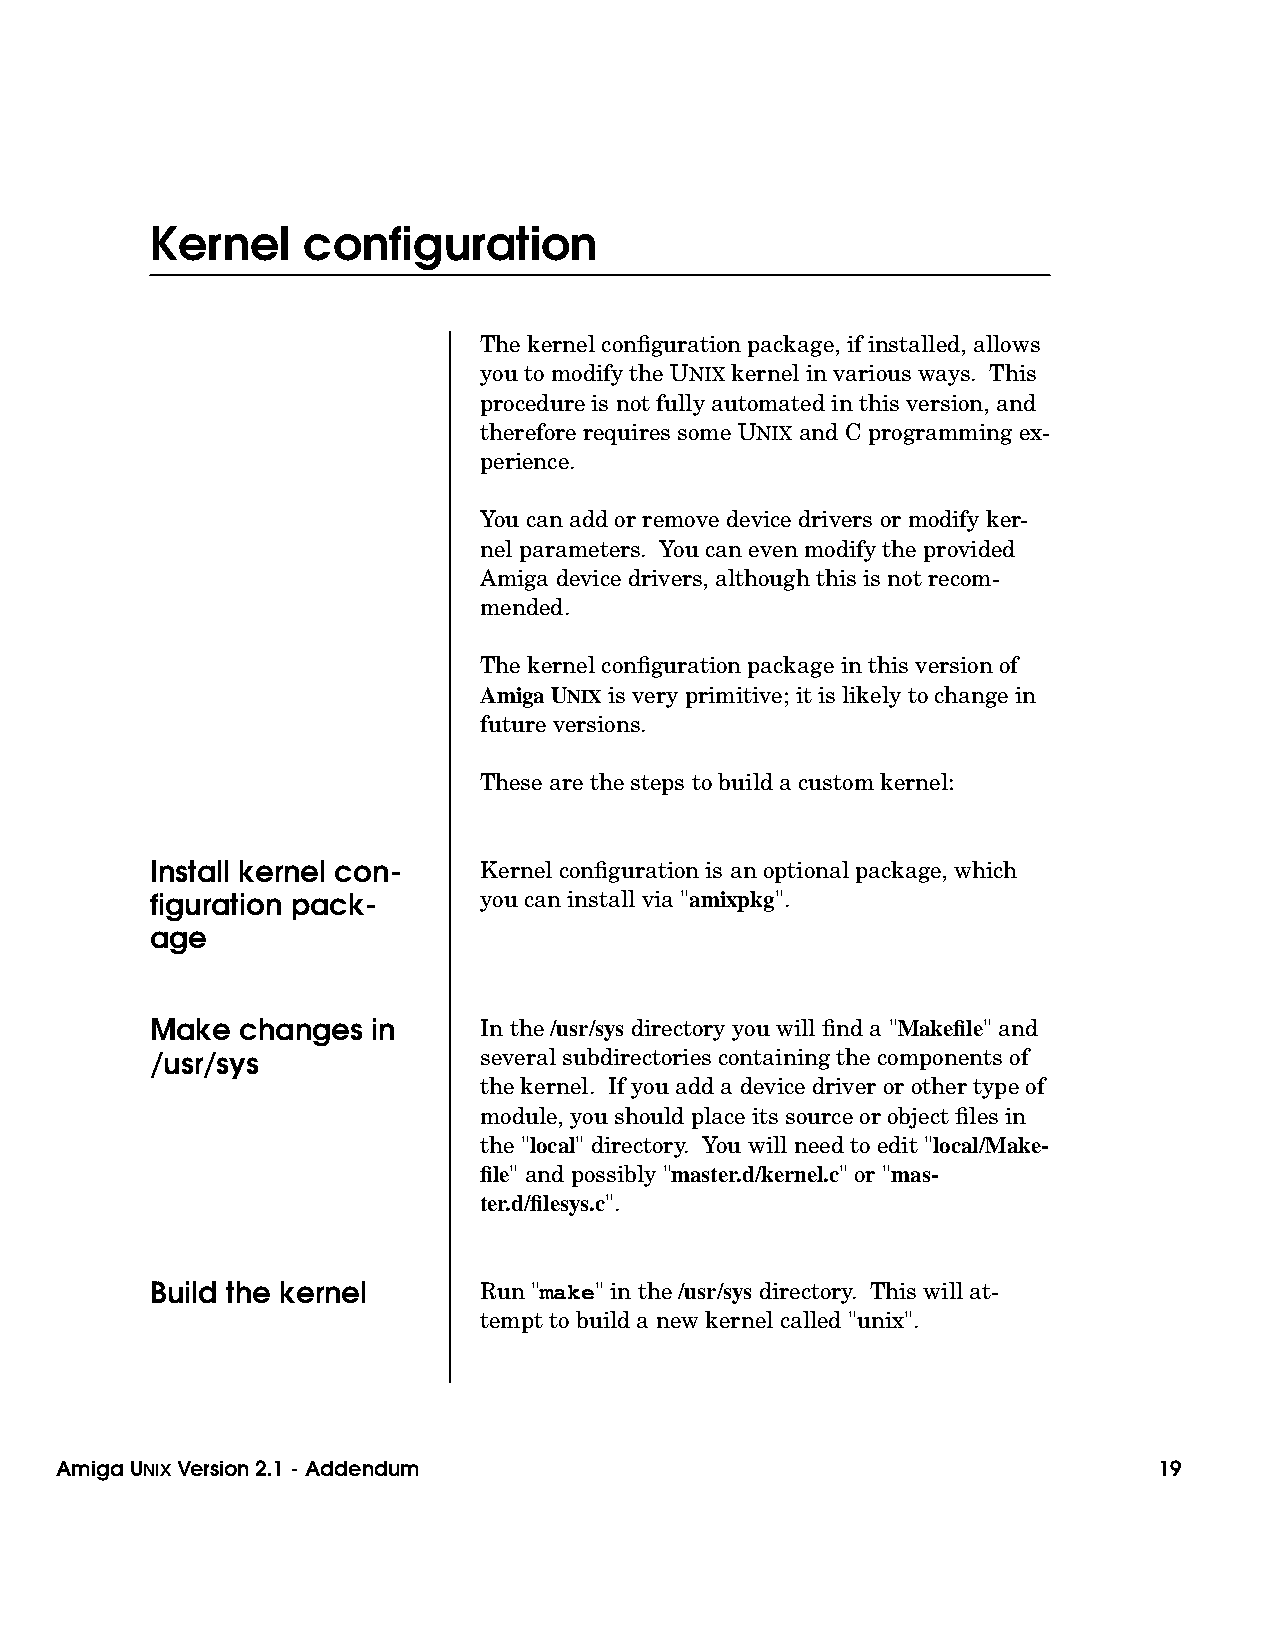
Ker  nel  configuration
 The kernel configuration package, if installed, allows
 you to modify the UNIX kernel in various ways. This
 procedure is not fully automated in this version, and
 therefore requires some UNIX and C programming ex-
 perience.
 You can add or remove device drivers or modify ker-
 nel parameters. You can even modify the provided
 Amiga device drivers, although this is not recom-
 mended.
 The kernel configuration package in this version of
 Amiga UNIX is very primitive; it is likely to change in
 future versions.
 These are the steps to build a custom kernel:
 Install kernel con-   Kernel configuration is an optional package, which
 figuration pack-      you can install via "amixpkg".
 age
 Make  changes  in     In the /usr/sys directory you will find a "Makefile" and
 /usr/sys              several subdirectories containing the components of
 the kernel. If you add a device driver or other type of
 module, you should place its source or object files in
 the "local" directory. You will need to edit "local/Make-
 file" and possibly "master.d/kernel.c" or "mas-
 ter.d/filesys.c".
 Build the kernel      Run "make" in the /usr/sys directory. This will at-
 tempt to build a new kernel called "unix".
 Amiga UNIXVersion 2.1 - Addendum                                         19